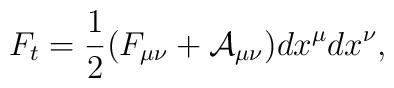
F_t =  \frac{1}{2} (F_{\mu \nu} + {\cal A}_{\mu \nu}) dx^{\mu}dx^{\nu},